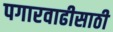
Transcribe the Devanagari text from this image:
पगारवाढीसाठी